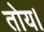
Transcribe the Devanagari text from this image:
तोय।